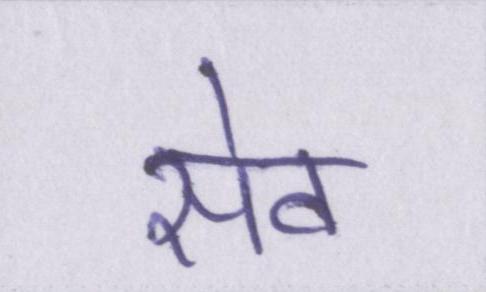
सेव